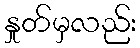
နှုတ်မှလည်း